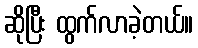
ဆိုပြီး ထွက်လာခဲ့တယ်။